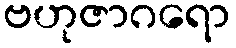
ဗဟုဇာဂရော